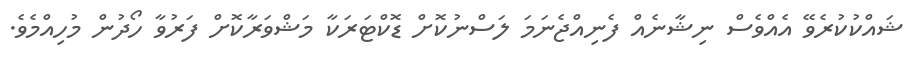
ޝައްކުކުރެވޭ އެއްވެސް ނިޝާނެއް ފެނިއްޖެނަމަ ލަސްނުކޮށް ޑޮކްޓަރަކާ މަޝްވަރާކޮށް ފަރުވާ ހޯދުން މުހިއްމެވެ.